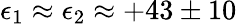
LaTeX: \epsilon_{\mathrm{1}}\approx\epsilon_{\mathrm{2}}\approx+43\pm 10